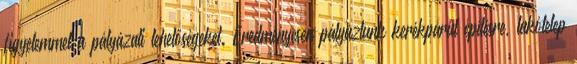
figyelemmel a pályázati lehetőségeket. Eredményesen pályáztunk kerékpárút építésre, lakótelep